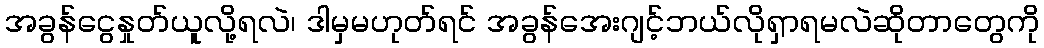
အခွန်ငွေနှုတ်ယူလို့ရလဲ၊ ဒါမှမဟုတ်ရင် အခွန်အေးဂျင့်ဘယ်လိုရှာရမလဲဆိုတာတွေကို